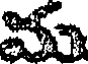
మ